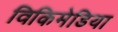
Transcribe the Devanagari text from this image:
विकिमेडिया